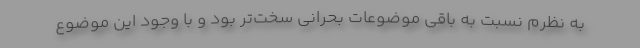
به نظرم نسبت به باقی موضوعات بحرانی سخت‌تر بود و با وجود این موضوع